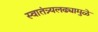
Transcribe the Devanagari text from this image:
स्वातंत्र्यलढ्यामुळे